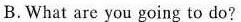
B.What are you going to do?